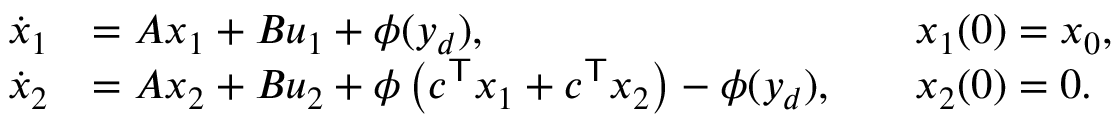
{ \begin{array} { r l r l } { { \dot { x } } _ { 1 } } & { = A x _ { 1 } + B u _ { 1 } + \phi ( y _ { d } ) , } & & { x _ { 1 } ( 0 ) = x _ { 0 } , } \\ { { \dot { x } } _ { 2 } } & { = A x _ { 2 } + B u _ { 2 } + \phi \left( c ^ { \mathsf { T } } x _ { 1 } + c ^ { \mathsf { T } } x _ { 2 } \right) - \phi ( y _ { d } ) , } & & { x _ { 2 } ( 0 ) = 0 . } \end{array} }